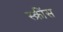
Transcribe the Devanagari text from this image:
स्क्रींस